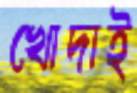
খোদাই